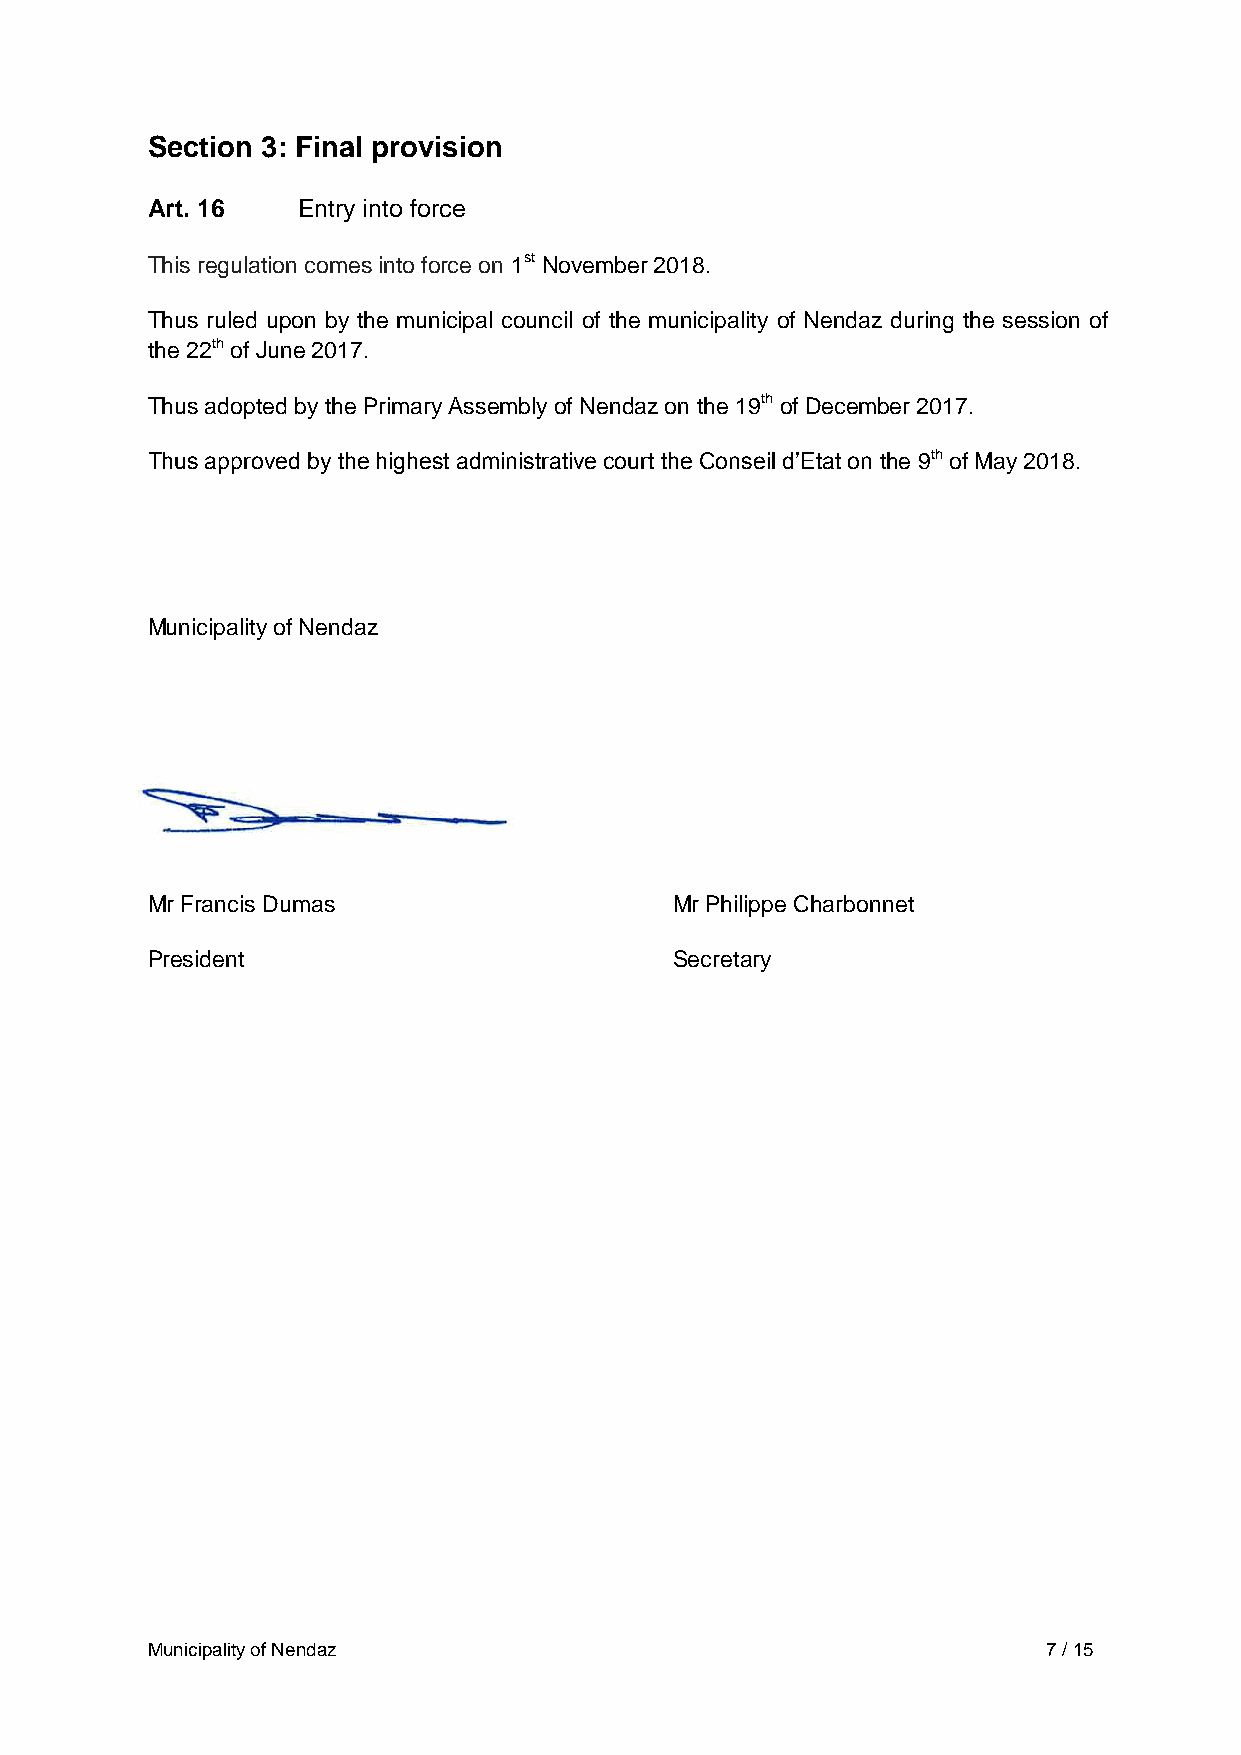
Section 3: Final provision
 Art. 16   Entry into force
 This regulation comes into force on 1st November 2018.
 Thus ruled upon by the municipal council of the municipality of Nendaz during the session of
 the 22th of June 2017.
 Thus adopted by the Primary Assembly of Nendaz on the 19th of December 2017.
 Thus approved by the highest administrative court the Conseil d’Etat on the 9th of May 2018.
 Municipality of Nendaz
 Mr Francis Dumas                   Mr Philippe Charbonnet
 President                          Secretary
 Municipality of Nendaz                                     7 / 15